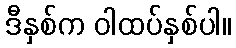
ဒီနှစ်က ဝါထပ်နှစ်ပါ။